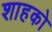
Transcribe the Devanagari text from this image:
शाहको